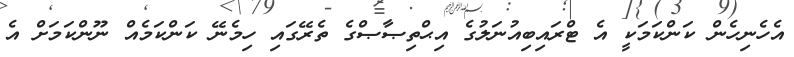
އެހެނިހެން ކަންކަމަކީ އެ ޓްރައިބިއުނަލުގެ އިޙްތިޞާޞްގެ ތެރޭގައި ހިމެނޭ ކަންކަމެއް ނޫންކަމަށް އެ